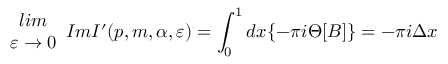
\begin{array} { c } { { l i m } } \\ { { \varepsilon \rightarrow 0 } } \end{array} I m I ^ { \prime } ( p , m , \alpha , \varepsilon ) = \int _ { 0 } ^ { 1 } d x \{ - \pi i \Theta [ B ] \} = - \pi i \Delta x